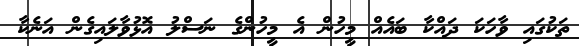
ތަކުގައި ވާހަކަ ދައްކާ ބައެއް މީހުން އެ މީހުންގެ ނަސްލު އޮޅުވާލައިގެން އަނެކާ